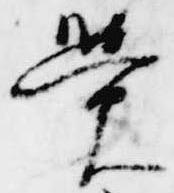
覚